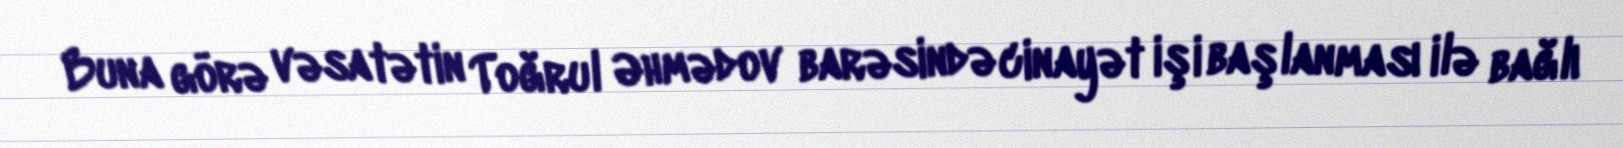
Buna görə vəsatətin Toğrul Əhmədov barəsində cinayət işi başlanması ilə bağlı